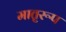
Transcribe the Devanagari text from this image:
मातृरूप